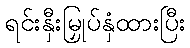
ရင်းနှီးမြှုပ်နှံထားပြီး